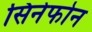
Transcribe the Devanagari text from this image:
सिनेफोन